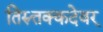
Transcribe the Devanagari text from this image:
तिरुत्तक्कदेवर्